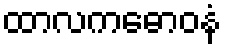
ထာလကဓောဝနံ